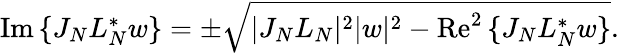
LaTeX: \begin{array}{r}{\operatorname{Im}{\{ J_{N}L_{N}^{*}w\} }=\pm\sqrt{|J_{N}L_{N}|^{2}|w|^{2}-\operatorname{Re}^{2}{\{ J_{N}L_{N}^{*}w\} }}.}\end{array}